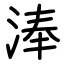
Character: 淎